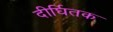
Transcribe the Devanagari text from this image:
दीर्घितक